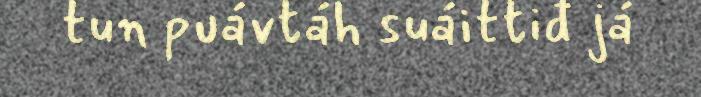
tun puávtáh suáittiđ já